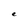
Character: e